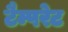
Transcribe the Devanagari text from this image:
टैम्परेट